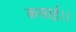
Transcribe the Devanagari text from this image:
कसाई।।